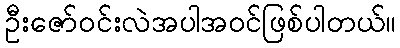
ဦးဇော်ဝင်းလဲအပါအဝင်ဖြစ်ပါတယ်။